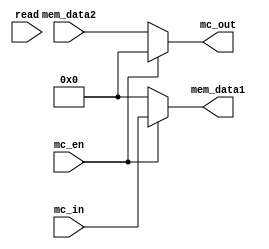
module bi_direction_core(
	input mc_en,
	input read,
	input [7:0] mc_in,
	input [7:0] mem_data2,
	output reg [7:0] mem_data1,
	output reg [7:0] mc_out
	);

always@(*) begin
	mc_out    = 8'b0;
 	mem_data1 = 8'b0;
 if(mc_en)
	mem_data1 = mc_in;
 else
	mc_out = mem_data2;
end

endmodule